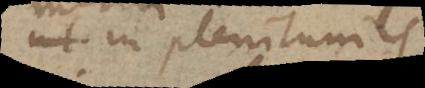
ut in pleniluniis